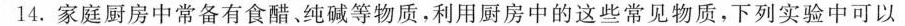
14.家庭厨房中常备有食醋、纯碱等物质，利用厨房中的这些常见物质，下列实验中可以